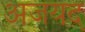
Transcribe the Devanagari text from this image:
अजयद्